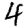
Digit: 4